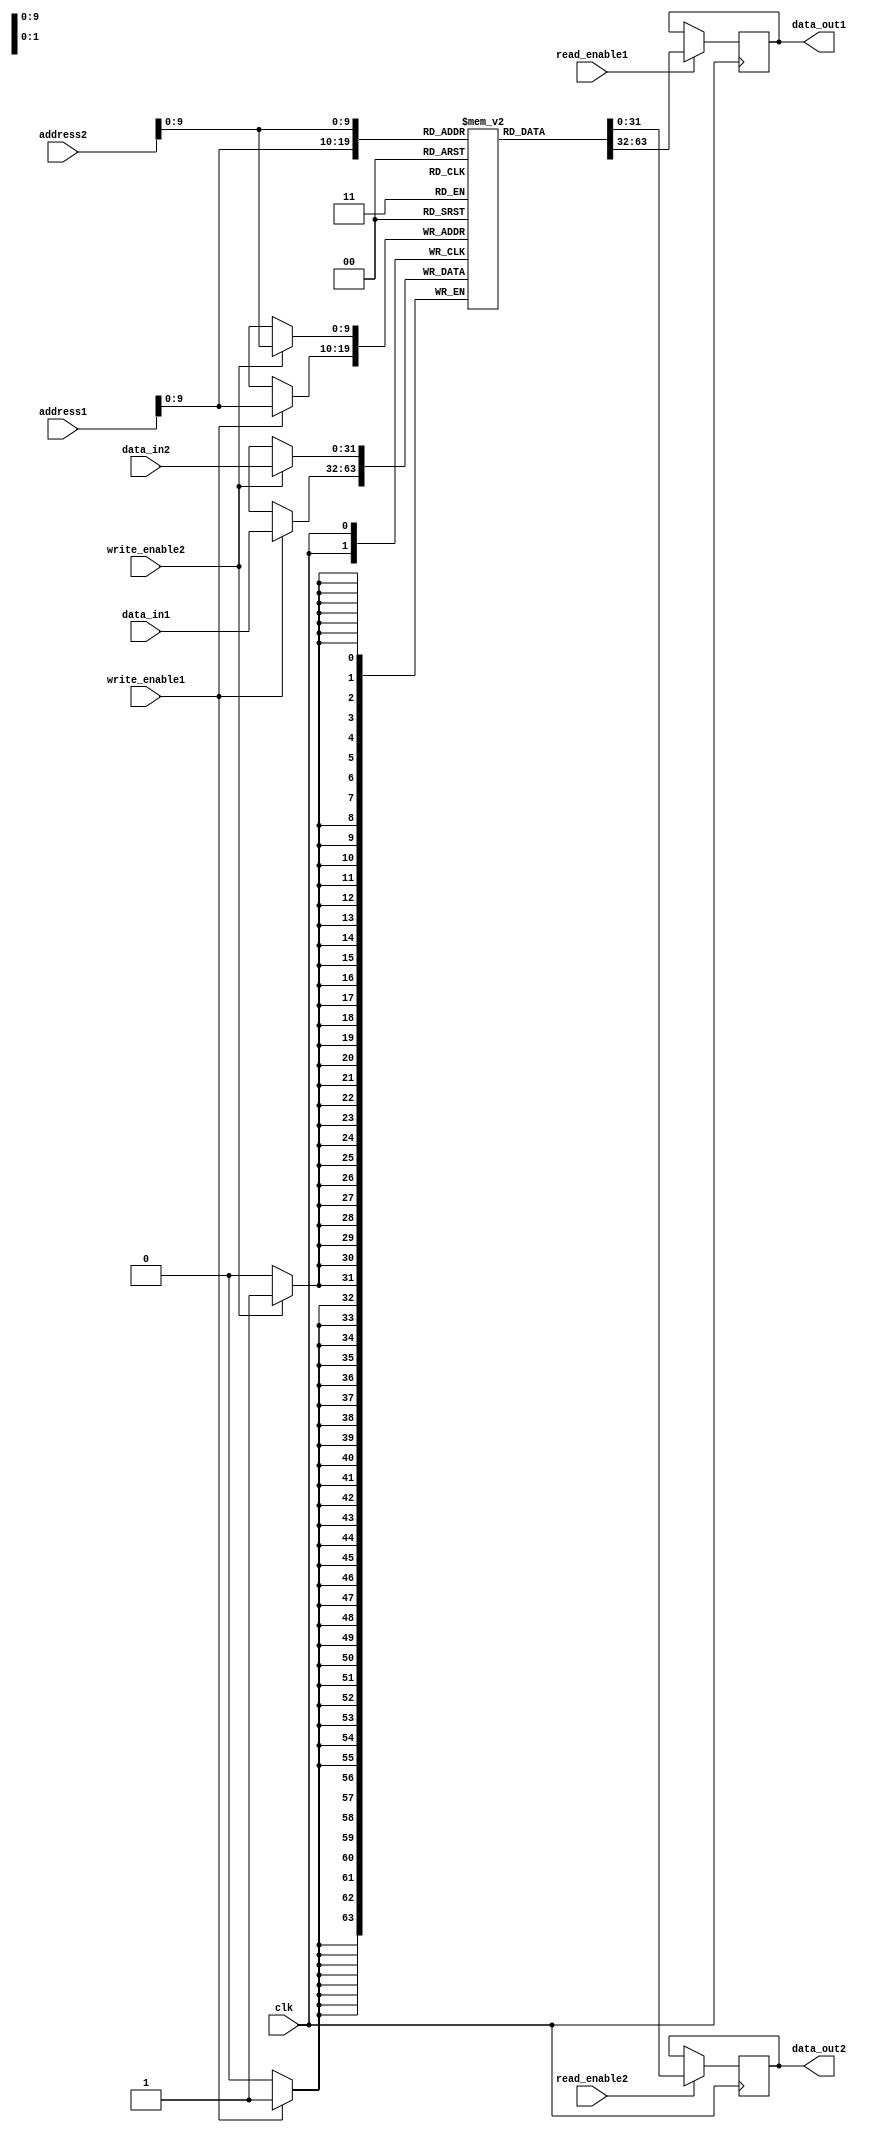
module dual_port_ram (
    input wire clk,
    input wire [31:0] address1,
    input wire [31:0] address2,
    input wire [31:0] data_in1,
    input wire [31:0] data_in2,
    input wire write_enable1,
    input wire write_enable2,
    input wire read_enable1,
    input wire read_enable2,
    output reg [31:0] data_out1,
    output reg [31:0] data_out2
);

reg [31:0] mem [0:1023]; // 1024 words of 32 bits each

always @(posedge clk) begin
    if (write_enable1) begin
        mem[address1] <= data_in1;
    end

    if (read_enable1) begin
        data_out1 <= mem[address1];
    end
end

always @(posedge clk) begin
    if (write_enable2) begin
        mem[address2] <= data_in2;
    end

    if (read_enable2) begin
        data_out2 <= mem[address2];
    end
end

endmodule